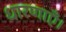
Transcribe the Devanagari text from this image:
धारणाएँ।